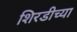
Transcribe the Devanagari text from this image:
शिरडीच्या